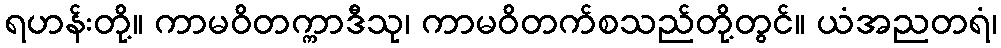
ရဟန်းတို့။ ကာမဝိတက္ကာဒီသု၊ ကာမဝိတက်စသည်တို့တွင်။ ယံအညတရံ၊